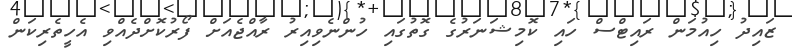
ޒައިދު ހިއުމަން ރައިޓްސް ހައި ކޮމިޝަނަރުގެ ގޮތުގައި ހުންނެވިއިރު ރާއްޖެއަށް ފޯރުކޮށްދެއްވި އެހީތެރިކަން